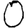
Digit: 0